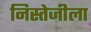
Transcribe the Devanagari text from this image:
निस्तेजीला